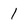
Character: I